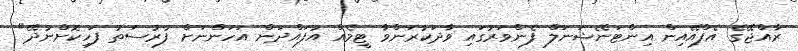
ރާއްޖޭގެ އެފްއޭއިން އިންޓަނޭޝަނަލް ފެންވަރުގައި ވާދަކުރަންވާ ޓީމެއް އުފައްދަން އަހަންނަށް ފުރުސަތު ފަހިކޮށްނުދޭ"